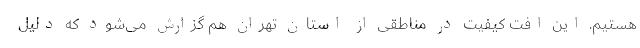
هستیم. این افت کیفیت در مناطقی از استان تهران هم گزارش می‌شود که دلیل